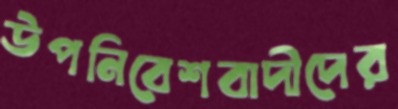
উপনিবেশবাদীদের